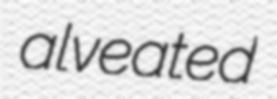
alveated